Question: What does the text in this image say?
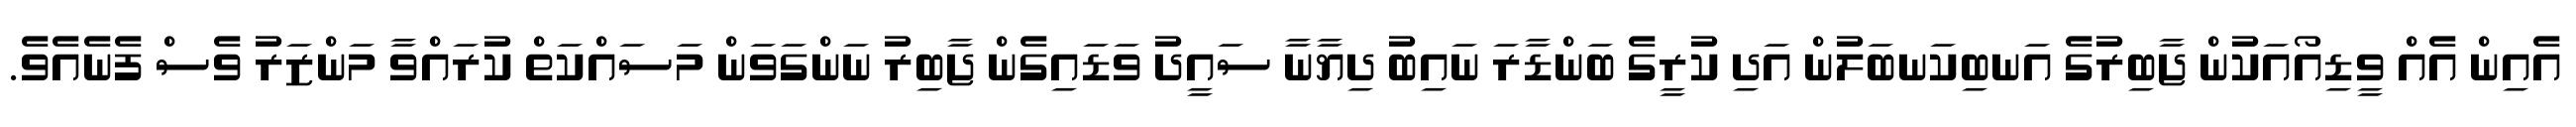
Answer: އެއިން އެއް ވީޑިއޯއަކުން ޖާބިރުގެ އަނބިކަނބަލުން އަދި ކުރީގެ ބަންޑާރަ ނައިބު ދިޔާނާ ސައީދު ވަޑައިގެން ޖާބިރު ނަންގަވަން މަސައްކަތް ކުރައްވާ މަންޒަރު ވެސް ފެނެއެވެ.